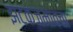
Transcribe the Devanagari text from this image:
झटकजमावचा